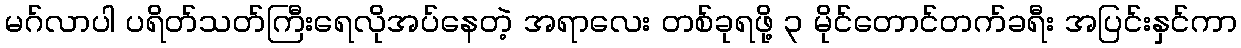
မဂ်လာပါ ပရိတ်သတ်ကြီးရေလိုအပ်နေတဲ့ အရာလေး တစ်ခုရဖို့ ၃ မိုင်တောင်တက်ခရီး အပြင်းနှင်ကာ